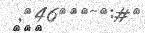
١٠٦